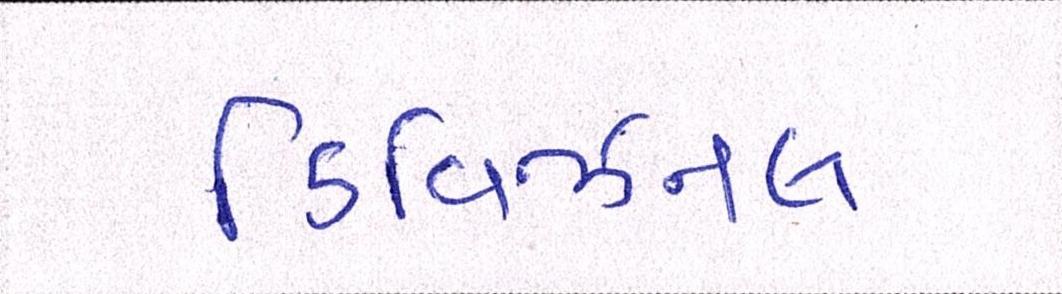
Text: ડિવિઝનલ